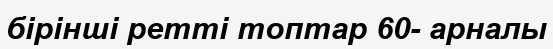
бірінші ретті топтар 60- арналы